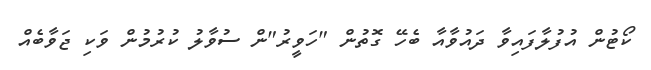
ކޯޓުން އުފުލާފައިވާ ދައުވާއާ ބެހޭ ގޮތުން "ހަވީރު"ން ސުވާލު ކުރުމުން ވަކި ޖަވާބެއް